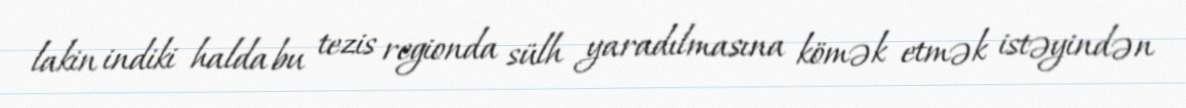
lakin indiki halda bu tezis regionda sülh yaradılmasına kömək etmək istəyindən